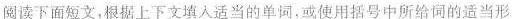
阅读下面短文,根据上下文填人适当的单词,或使用括号中所给词的适当形